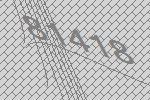
81418